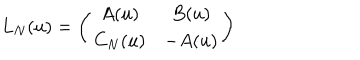
L _ { N } ( u ) = \left( \begin{matrix} { { A ( u ) } } & { { B ( u ) } } \\ { { C _ { N } ( u ) } } & { { - A ( u ) } } \\ \end{matrix} \right)